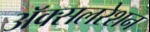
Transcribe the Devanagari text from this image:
अॅक्सलरेशन